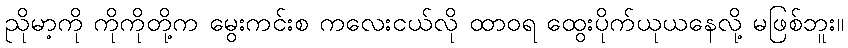
ညိုမာ့ကို ကိုကိုတို့က မွေးကင်းစ ကလေးငယ်လို ထာဝရ ထွေးပိုက်ယုယနေလို့ မဖြစ်ဘူး။